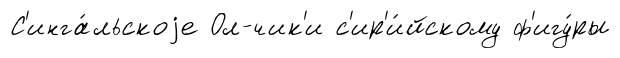
С'инга́льскоjе Ол-чик'и с'ир'и́йскому ф'игу́ры